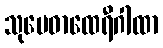
သုမေဓာထေရီဂါထာ